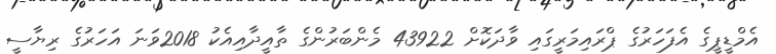
އެމްޑީޕީގެ އެފަހަރުގެ ޕްރައިމަރީގައި ވާދަކޮށް 43922 މެންބަރުންގެ ތާއީދާއިއެކު 2018ވަނަ އަހަރުގެ ރިޔާސީ